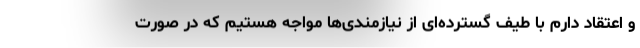
و اعتقاد دارم با طیف گسترده‌ای از نیازمندی‌ها مواجه هستیم که در صورت